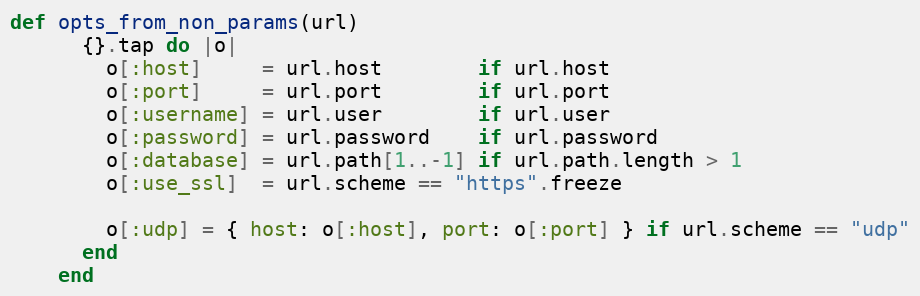
Language: Ruby
def opts_from_non_params(url)
      {}.tap do |o|
        o[:host]     = url.host        if url.host
        o[:port]     = url.port        if url.port
        o[:username] = url.user        if url.user
        o[:password] = url.password    if url.password
        o[:database] = url.path[1..-1] if url.path.length > 1
        o[:use_ssl]  = url.scheme == "https".freeze

        o[:udp] = { host: o[:host], port: o[:port] } if url.scheme == "udp"
      end
    end